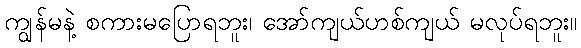
ကျွန်မနဲ့ စကားမပြောရဘူး၊ အော်ကျယ်ဟစ်ကျယ် မလုပ်ရဘူး။